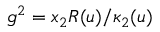
g ^ { 2 } = x _ { 2 } R ( u ) / \kappa _ { 2 } ( u )